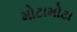
મોટામોટા